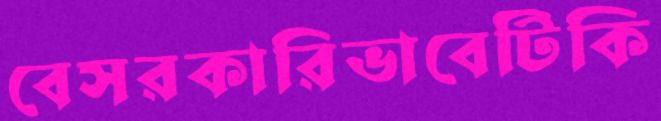
বেসরকারিভাবেটিকি